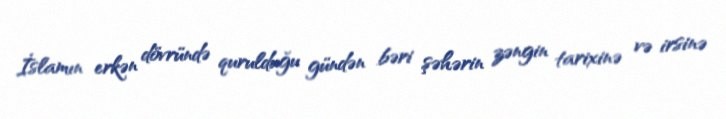
İslamın erkən dövründə qurulduğu gündən bəri şəhərin zəngin tarixinə və irsinə